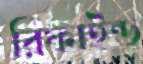
রিফাইন্ড